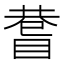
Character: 𥈄